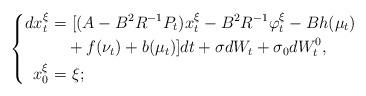
LaTeX: \begin{align*} \left\{ \begin{aligned} dx_t^{\xi}=&~[(A-B^2R^{-1}P_t)x_t^{\xi}-B^2R^{-1}\varphi_t^\xi-Bh(\mu_t)\\&+f(\nu_t)+b(\mu_t)]dt+\sigma dW_t+\sigma_0dW^0_t,\\ x_0^{\xi}=&~\xi; \end{aligned} \right. \end{align*}